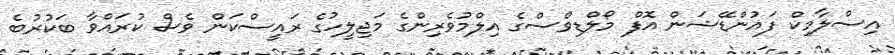
އިސްލާމިކް ފައުންޑޭޝަން އޮފް މޯލްޑިވްސްގެ އިލްމުވެރިންގެ މަޖިލީހުގެ ރައީސްކަން ވެސް ކުރައްވާ ބަކުރުބެ